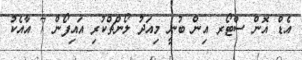
އެޑް އޮން ސްޓޯރ އިން ބުނީ މިއަދު ލޯންޗްކުރި އައިފޯން 7 އާއެކު